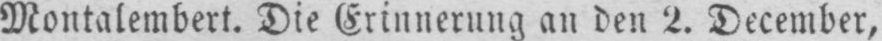
Montalembert. Die Erinnerung an den 2. December,